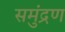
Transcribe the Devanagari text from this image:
समुंद्रण